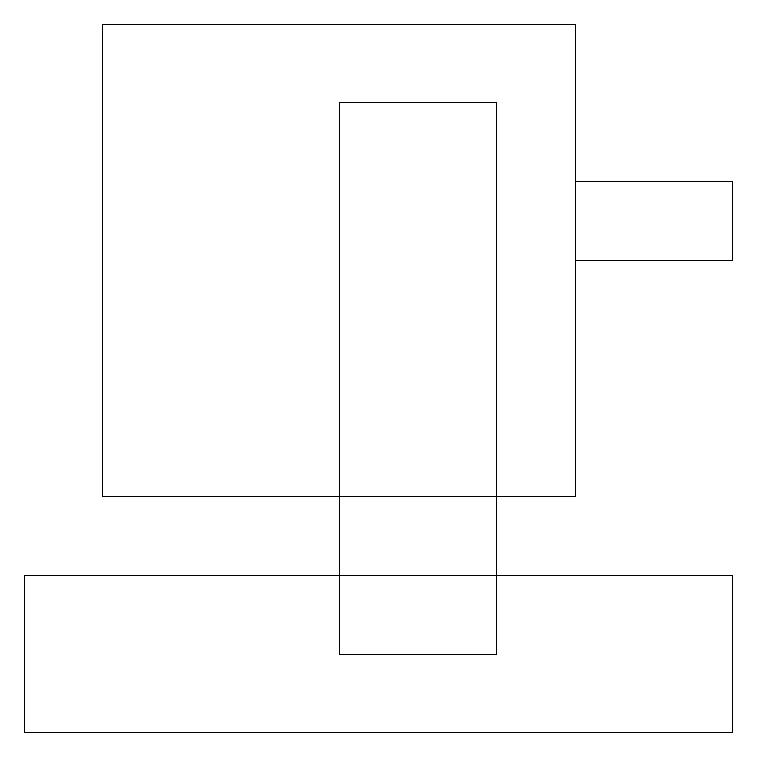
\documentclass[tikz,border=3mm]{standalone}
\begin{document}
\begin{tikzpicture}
\draw (9,16) rectangle (7,17);
\draw (0,12) rectangle (9,10);
\draw (7,19) rectangle (1,13);
\draw (6,11) rectangle (4,18);
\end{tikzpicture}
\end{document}